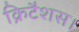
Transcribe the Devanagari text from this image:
क्रिटैशस।